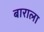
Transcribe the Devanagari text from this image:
बाराला